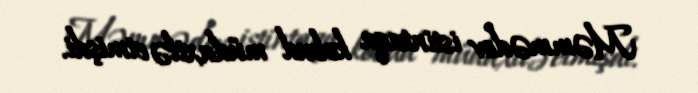
Məmmədov istintaqa kobud müdaxilə etmişdi.